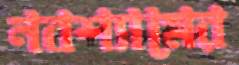
নবশ্যামের